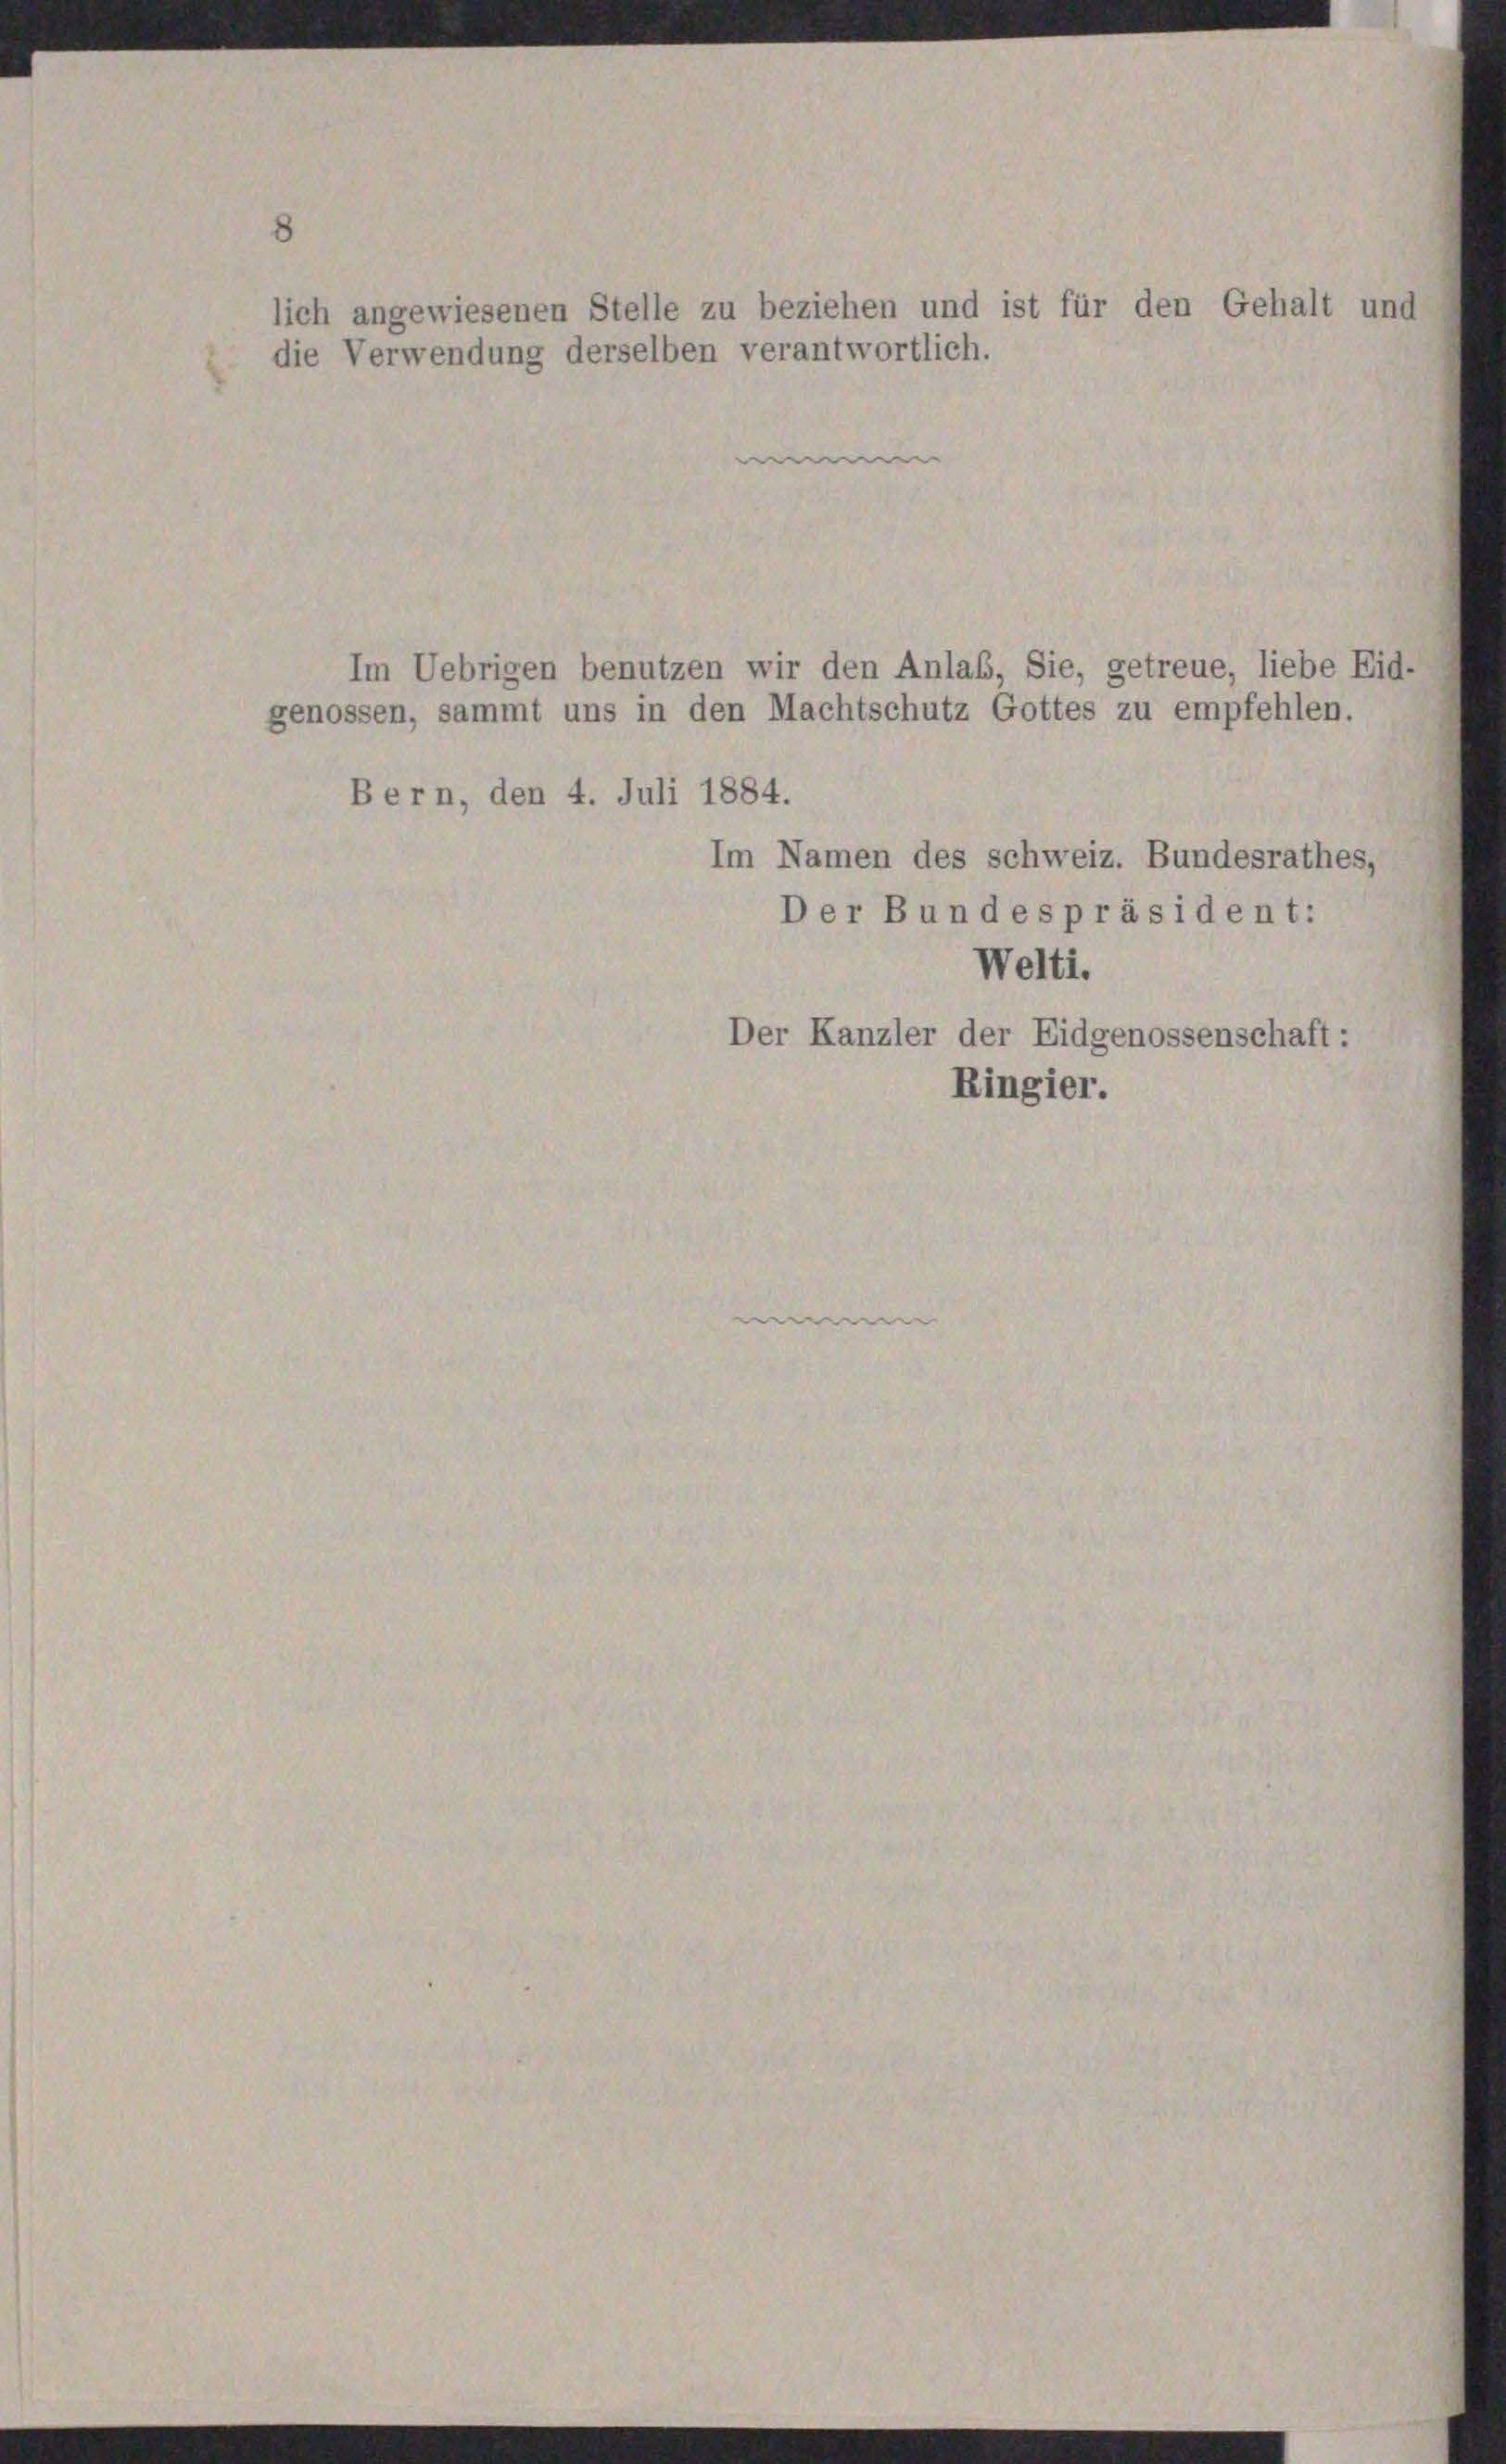
8
lich angewiesenen Stelle zu beziehen und ist für den Gehalt und
die Verwendung derselben verantwortlich.

e
Im Uebrigen benutzen wir den Anlaß, Sie, getreue, liebe Eid-
genossen, sammt uns in den Machtschutz Gottes zu empfehlen.
Bern, den 4. Juli 1884.
Im Namen des schweiz. Bundesrathes
Der Bundespräsident:
Welti.
Der Kanzler der Eidgenossenschaft:
Ringier.